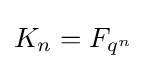
K_{n}=F_{q^{n}}